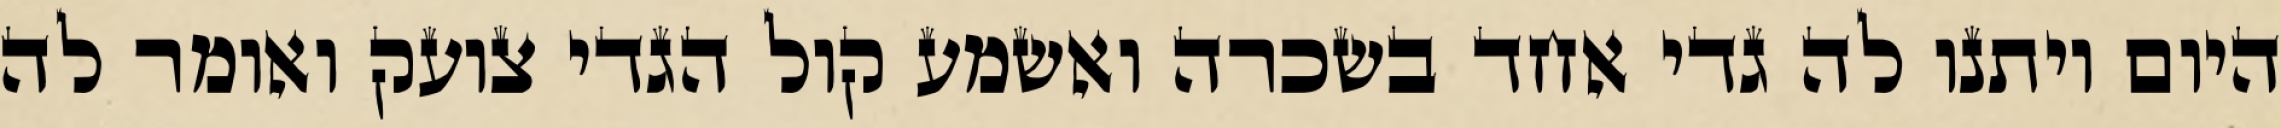
היום ויתנו לה גדי אחד בשכרה ואשמע קול הגדי צועק ואומר לה